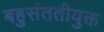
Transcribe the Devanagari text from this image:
बहुसंततीयुक्त